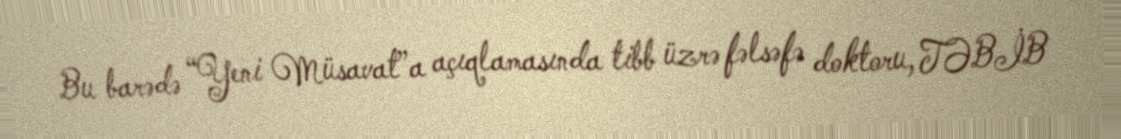
Bu barədə “Yeni Müsavat”a açıqlamasında tibb üzrə fəlsəfə doktoru, TƏBİB